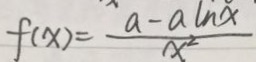
f ( x ) = \frac { a - a \ln x } { x ^ { 2 } }